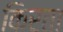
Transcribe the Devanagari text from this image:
किरता